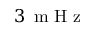
3 \, \mathrm { ~ m ~ H ~ z ~ }